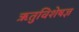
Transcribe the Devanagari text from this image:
ऋतुविशेषज्ञ